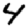
Digit: 4